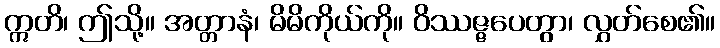
ဣတိ၊ ဤသို့။ အတ္တာနံ၊ မိမိကိုယ်ကို။ ဝိဿဇ္ဇပေတွာ၊ လွှတ်စေ၏။